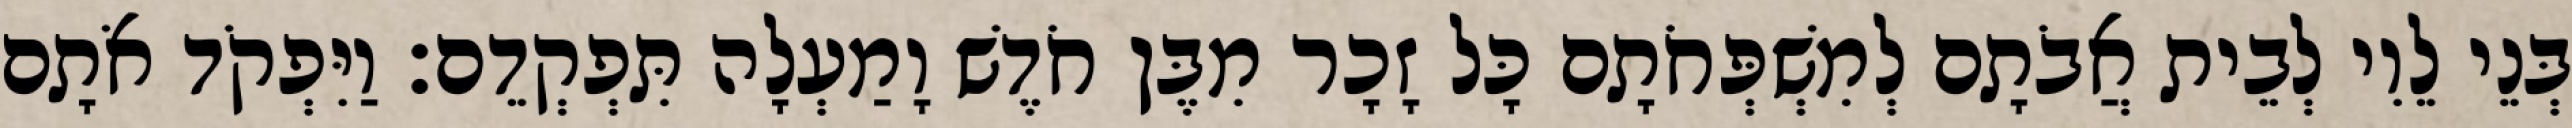
בְּנֵי לֵוִי לְבֵית אֲבֹתָם לְמִשְׁפְּחֹתָם כָּל זָכָר מִבֶּן חֹדֶשׁ וָמַעְלָה תִּפְקְדֵם׃ וַיִּפְקֹד אֹתָם